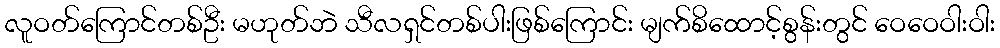
လူဝတ်ကြောင်တစ်ဦး မဟုတ်ဘဲ သီလရှင်တစ်ပါးဖြစ်ကြောင်း မျက်စိထောင့်စွန်းတွင် ဝေဝေဝါးဝါး